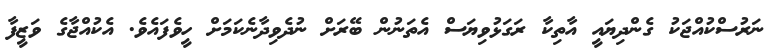
ނަރުސްކުއްޖަކު ގެންދިޔައީ އާތިކާ ރަގަޅުވިޔަސް އެތަނުން ބޭރަށް ނުދެވިދާނެކަމަށް ހީވެފައެވެ. އެކުއްޖާގެ ވަޒީފާ